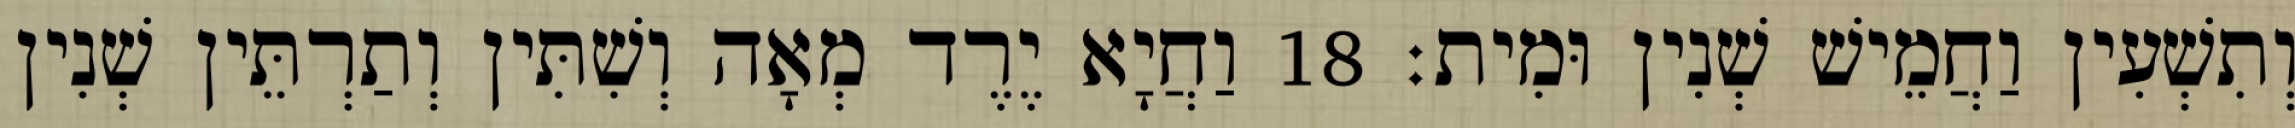
וְתִשְׁעִין וַחֲמֵישׁ שְׁנִין וּמִית׃ 18 וַחֲיָא יֶרֶד מְאָה וְשִׁתִּין וְתַרְתֵּין שְׁנִין